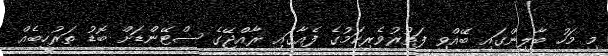
މި މަހު ބާލިންގައި ބޭއްވި ފަތުރުވެރިކަމުގެ ފެއާގައި ރާއްޖޭގެ ސްޓޭންޑަށް ބޮޑު ތަރުހީބެއް